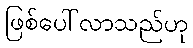
ဖြစ်ပေါ်လာသည်ဟု